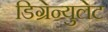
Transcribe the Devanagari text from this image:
डिग्रेन्युलेट